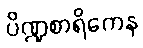
ပိဏ္ဍစာရိကေန